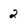
Character: 2